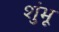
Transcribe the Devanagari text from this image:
शुंभू